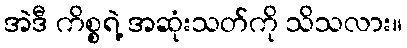
အဲဒီ ကိစ္စရဲ့ အဆုံးသတ်ကို သိသလား။